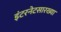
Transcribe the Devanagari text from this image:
इंटरनेटसारख्या